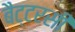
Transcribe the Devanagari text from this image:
बैट्टरसी